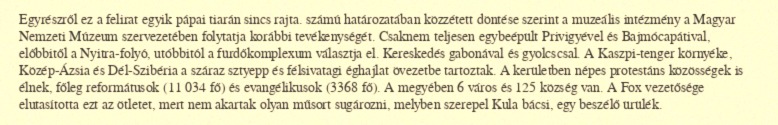
Egyrészről ez a felirat egyik pápai tiarán sincs rajta. számú határozatában közzétett döntése szerint a muzeális intézmény a Magyar Nemzeti Múzeum szervezetében folytatja korábbi tevékenységét. Csaknem teljesen egybeépült Privigyével és Bajmócapátival, előbbitől a Nyitra-folyó, utóbbitól a fürdőkomplexum választja el. Kereskedés gabonával és gyolcscsal. A Kaszpi-tenger környéke, Közép-Ázsia és Dél-Szibéria a száraz sztyepp és félsivatagi éghajlat övezetbe tartoztak. A kerületben népes protestáns közösségek is élnek, főleg reformátusok (11 034 fő) és evangélikusok (3368 fő). A megyében 6 város és 125 község van. A Fox vezetősége elutasította ezt az ötletet, mert nem akartak olyan műsort sugározni, melyben szerepel Kula bácsi, egy beszélő ürülék.